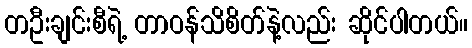
တဦးချင်းစီရဲ့ တာဝန်သိစိတ်နဲ့လည်း ဆိုင်ပါတယ်။